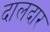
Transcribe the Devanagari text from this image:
दालदार